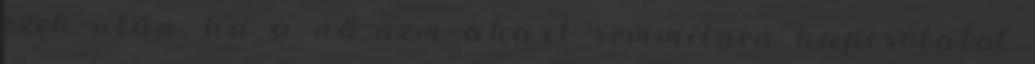
ezek után, ha a nő nem akart semmilyen kapcsolatot